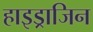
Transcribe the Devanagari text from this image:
हाइड्राजिन